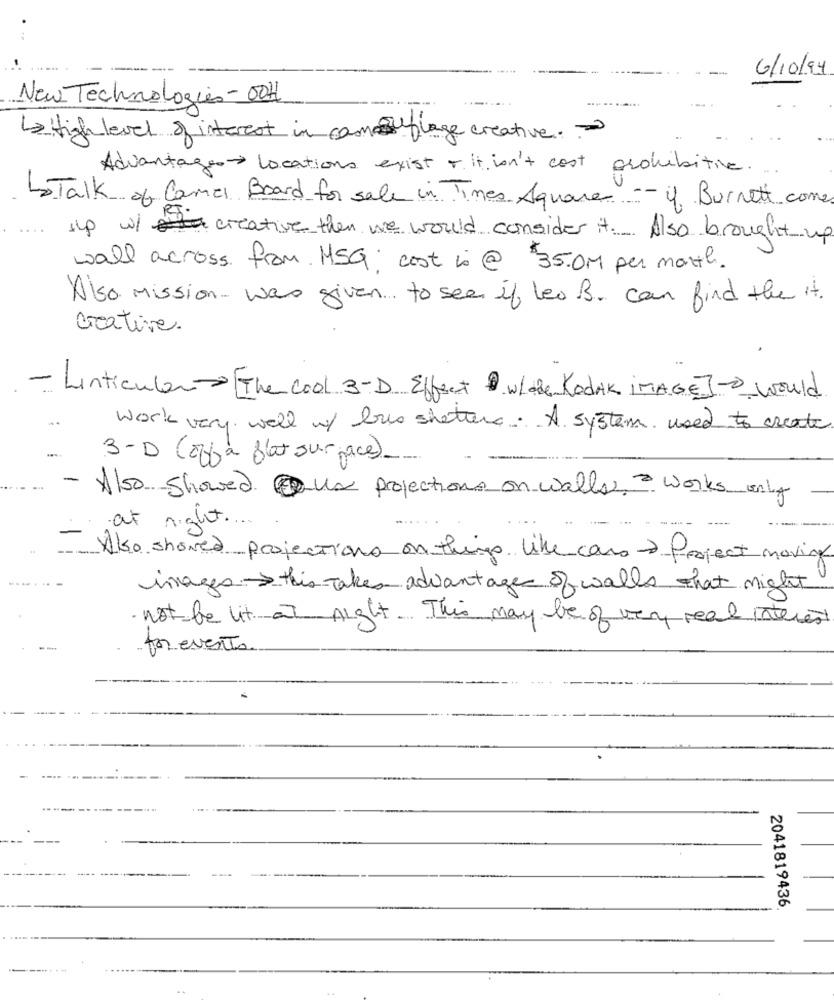
-
6/10/94
New Technologies- 00H
High level of interest in camouflage creative
Advantage locations exist + it isn't cost prohibitive.
toTalk of Camel Board for sale in Times Square -- 4 Burnett come
Ip w/ creative then we would consider it .... Also brought up
wall across from MSG; cost is @ 35.0M per month.
Also mission- was given ... to see if leo B. can find the it.
creative.
- Linticular [ The cool 3-D Effect whole Kodik IMAGE]- would
work very well w/ bus shetter. A system used to create
3- D (off a flat surface) __
-
Also showed Que projections on walls works only
at night .
Also showed projections on things like care & Project moving
images this Takes advantage of walls that night
· not be litat night. This may be of very real interest
- preventa
2041819436